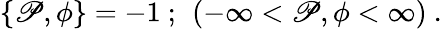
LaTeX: \left\{ \mathscr{P},\phi\right\} =-1\ ;\ \left(-\infty<\mathscr{P},\phi<\infty\right)\ .